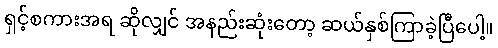
ရှင့်စကားအရ ဆိုလျှင် အနည်းဆုံးတော့ ဆယ်နှစ်ကြာခဲ့ပြီပေါ့။